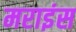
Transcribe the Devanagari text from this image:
मराइंस